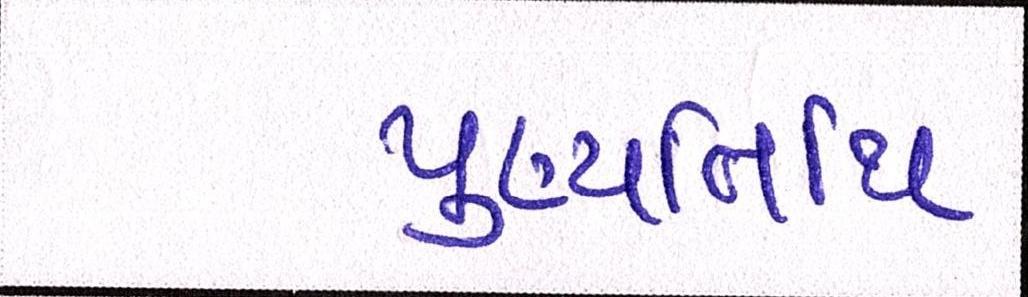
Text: પુણ્યતિથિ